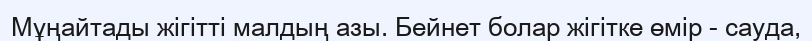
Мұңайтады жігітті малдың азы. Бейнет болар жігітке өмір - сауда,